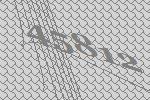
45812